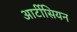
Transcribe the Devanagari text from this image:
आर्टीसियन